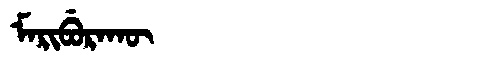
Manchu: ᠮᠠᡵᡳᠪᡠᡵᠠᡴᡡ
Romanization: MARIBURAKŪ